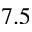
7 . 5